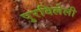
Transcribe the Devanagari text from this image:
पुरविलेली